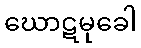
ဃောဋမုခေါ